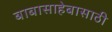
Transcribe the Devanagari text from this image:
बाबासाहेबासाठी